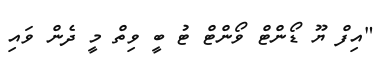
"އިފް ޔޫ ޑޯންޓް ވޯންޓް ޓު ބީ ވިތް މީ ދެން ވައި